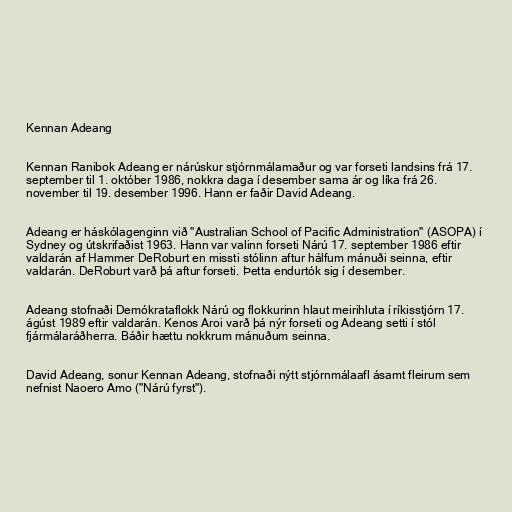
Kennan Adeang

Kennan Ranibok Adeang er nárúskur stjórnmálamaður og var forseti landsins frá 17.
september til 1. október 1986, nokkra daga í desember sama ár og líka frá 26.
november til 19. desember 1996. Hann er faðir David Adeang.

Adeang er háskólagenginn við "Australian School of Pacific Administration" (ASOPA) í
Sydney og útskrifaðist 1963. Hann var valinn forseti Nárú 17. september 1986 eftir
valdarán af Hammer DeRoburt en missti stólinn aftur hálfum mánuði seinna, eftir
valdarán. DeRoburt varð þá aftur forseti. Þetta endurtók sig í desember.

Adeang stofnaði Demókrataflokk Nárú og flokkurinn hlaut meirihluta í ríkisstjórn 17.
ágúst 1989 eftir valdarán. Kenos Aroi varð þá nýr forseti og Adeang setti í stól
fjármálaráðherra. Báðir hættu nokkrum mánuðum seinna.

David Adeang, sonur Kennan Adeang, stofnaði nýtt stjórnmálaafl ásamt fleirum sem
nefnist Naoero Amo ("Nárú fyrst").